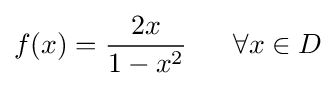
f(x)={\frac {2x}{1-x^{2}}}~~~~~\forall x\in D